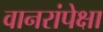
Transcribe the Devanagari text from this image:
वानरांपेक्षा